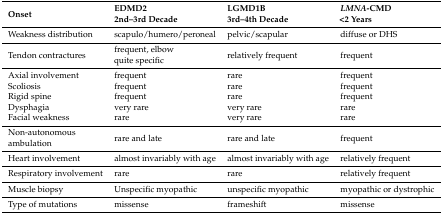
| Onset | EDMD2 2nd–3rd Decade | LGMD1B 3rd–4th Decade | LMNA-CMD <2 Years |
 | --- | --- | --- | --- |
 | Weakness distribution | scapulo/humero/peroneal | pelvic/scapular | diffuse or DHS |
 | Tendon contractures | frequent, elbow quite specific | relatively frequent | frequent |
 | Axial involvement | frequent | rare | frequent |
 | Scoliosis | frequent | rare | frequent |
 | Rigid spine | frequent | rare | frequent |
 | Dysphagia | very rare | very rare | rare |
 | Facial weakness | rare | very rare | rare |
 | Non-autonomous ambulation | rare and late | rare and late | frequent |
 | Heart involvement | almost invariably with age | almost invariably with age | relatively frequent |
 | Respiratory involvement | rare | rare | relatively frequent |
 | Muscle biopsy | Unspecific myopathic | unspecific myopathic | myopathic or dystrophic |
 | Type of mutations | missense | frameshift | missense |